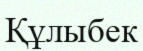
Құлыбек